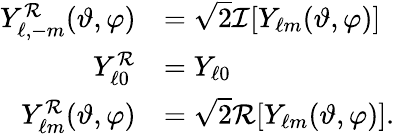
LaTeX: \begin{array}{rl}{Y_{\ell,-m}^{\cal R}(\vartheta,\varphi)}&{=\sqrt{2}{\cal I}[Y_{\ell m}(\vartheta,\varphi)]}\\ {Y_{\ell 0}^{\cal R}}&{=Y_{\ell 0}}\\ {Y_{\ell m}^{\cal R}(\vartheta,\varphi)}&{=\sqrt{2}{\cal R}[Y_{\ell m}(\vartheta,\varphi)].}\end{array}